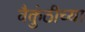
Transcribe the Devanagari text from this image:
वैकुंठीच्या